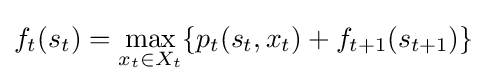
f_{t}(s_{t})=\max _{x_{t}\in X_{t}}\{p_{t}(s_{t},x_{t})+f_{t+1}(s_{t+1})\}